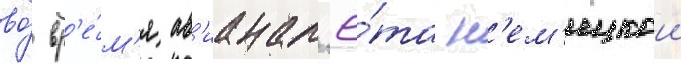
во́ вр'е́м'я ав'ианал'ё́та н'ем'ецкои